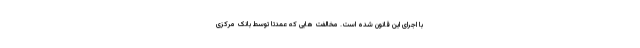
با اجرای این قانون شده است. مخالفت هایی که عمدتاً توسط بانک مرکزی